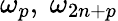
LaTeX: \omega_{p},~{\omega_{2n+p}}